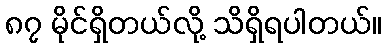
၈၇ မိုင်ရှိတယ်လို့ သိရှိရပါတယ်။